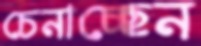
চেনাচ্ছেন